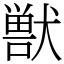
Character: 獣